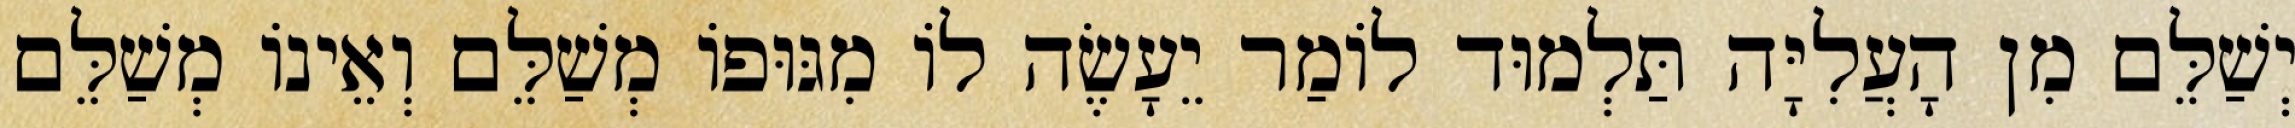
יְשַׁלֵּם מִן הָעֲלִיָּה תַּלְמוּד לוֹמַר יֵעָשֶׂה לוֹ מִגּוּפוֹ מְשַׁלֵּם וְאֵינוֹ מְשַׁלֵּם